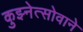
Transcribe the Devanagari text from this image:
कुझ्नेत्सोवाने